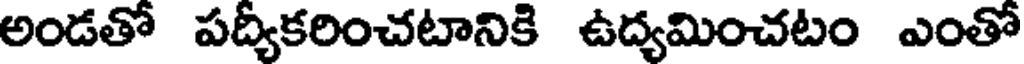
అండతో పద్యీకరించటానికి ఉద్యమించటం ఎంతో